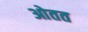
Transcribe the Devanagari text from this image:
ओतत